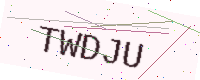
Text: TWDJU